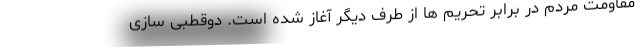
مقاومت مردم در برابر تحریم ها از طرف دیگر آغاز شده است. دوقطبی سازی